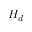
H _ { d }